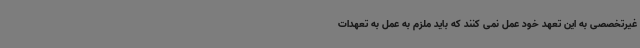
غیرتخصصی به این تعهد خود عمل نمی کنند که باید ملزم به عمل به تعهدات